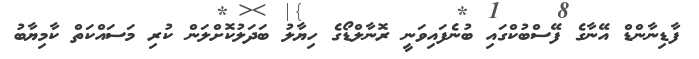
ފާޑިނާންޑް އޭނާގެ ފޭސްބުކްގައި ބުނެފައިވަނީ ރޮނާލްޑޯގެ ހިޔާލު ބަދަލުކޮށްލަން ކުރި މަސައްކަތް ކާމިޔާބު